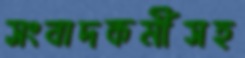
সংবাদকর্মীসহ